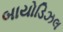
બાયોડિઝલ